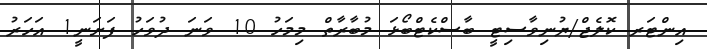
އިންޓަރ ކޮލެޖް/ޔުނިވާސިޓީ ބާސްކެޓްބޯޅަ މުބާރާތް މިމަހު 10 ވަނަ ދުވަހު ފަށަނީ1 އަހަރު